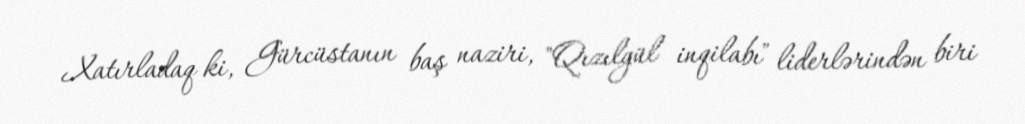
Xatırladaq ki, Gürcüstanın baş naziri, "Qızılgül inqilabı" liderlərindən biri